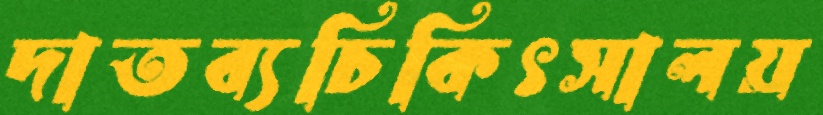
দাতব্যচিকিৎসালয়